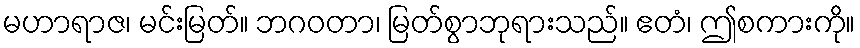
မဟာရာဇ၊ မင်းမြတ်။ ဘဂဝတာ၊ မြတ်စွာဘုရားသည်။ ဧတံ၊ ဤစကားကို။